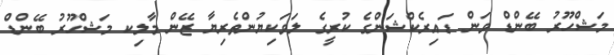
މަޝްހޫރު ބޭންޑް ވަން ޑައިރެކްޝަންގެ ކުރީގެ ލަވަކިޔުންތެރިޔާ ޒޭން މާލިކ މަޝްހޫރު ބޭންޑް